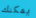
يمكنك